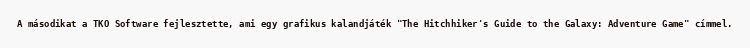
A másodikat a TKO Software fejlesztette, ami egy grafikus kalandjáték "The Hitchhiker's Guide to the Galaxy: Adventure Game" címmel.